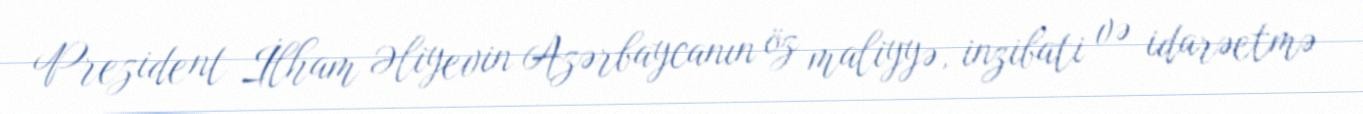
Prezident İlham Əliyevin Azərbaycanın öz maliyyə, inzibati və idarəetmə